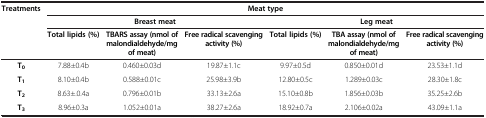
<table><thead><tr><td><b>Treatments</b></td><td colspan="6"><b>Meat type</b></td></tr><tr><td><b> </b></td><td colspan="3"><b>Breast meat</b></td><td colspan="3"><b>Leg meat</b></td></tr><tr><td><b> </b></td><td><b>Total lipids (%)</b></td><td><b>TBARS assay (nmol of malondialdehyde/mg of meat)</b></td><td><b>Free radical scavenging activity (%)</b></td><td><b>Total lipids (%)</b></td><td><b>TBA assay (nmol of malondialdehyde/mg of meat)</b></td><td><b>Free radical scavenging activity (%)</b></td></tr></thead><tbody><tr><td> <b>T</b><sub><b>0</b></sub></td><td>7.88±0.4b</td><td>0.460±0.03d</td><td>19.87±1.1c</td><td>9.97±0.5d</td><td>0.850±0.01d</td><td>23.53±1.1d</td></tr><tr><td> <b>T</b><sub><b>1</b></sub></td><td>8.10±0.4b</td><td>0.588±0.01c</td><td>25.98±3.9b</td><td>12.80±0.5c</td><td>1.289±0.03c</td><td>28.30±1.8c</td></tr><tr><td> <b>T</b><sub><b>2</b></sub></td><td>8.63±.0.4a</td><td>0.796±0.01b</td><td>33.13±2.6a</td><td>15.10±0.8b</td><td>1.856±0.03b</td><td>35.25±2.6b</td></tr><tr><td> <b>T</b><sub><b>3</b></sub></td><td>8.96±0.3a</td><td>1.052±0.01a</td><td>38.27±2.6a</td><td>18.92±0.7a</td><td>2.106±0.02a</td><td>43.09±1.1a</td></tr></tbody></table>